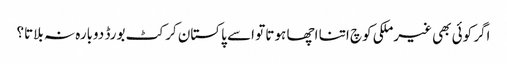
اگر کوئی بھی غیرملکی کوچ اتنا اچھا ہوتا تو اسے پاکستان کرکٹ بورڈ دوبارہ نہ بلاتا؟